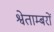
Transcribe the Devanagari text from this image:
श्वेताम्बरों